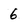
Character: 6